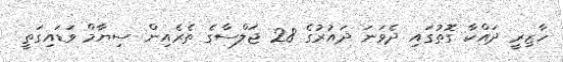
ހާޒިރީ ދައްކާ ގޮތުގައި ދެވަނަ ދައުރުގެ 28 ޖަލްސާގެ ތެރެއިން ސިޔާމް ވަޑައިގަތީ